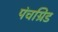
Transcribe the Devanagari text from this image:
पंचग्रिड